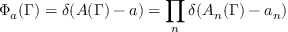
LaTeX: \Phi _ { a } ( \Gamma ) = \delta ( A ( \Gamma ) - a ) = \prod _ { n } \delta ( A _ { n } ( \Gamma ) - a _ { n } )